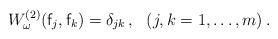
LaTeX: \begin{align*} W^{(2)}_\omega({\sf f}_j,{\sf f}_k) = \delta_{jk}\,, \ \ (j,k = 1,\ldots,m)\,.\end{align*}